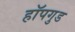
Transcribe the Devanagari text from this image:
हॉपगुड